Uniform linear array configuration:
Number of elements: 12
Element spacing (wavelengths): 0.75
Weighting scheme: hamming
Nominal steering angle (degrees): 15
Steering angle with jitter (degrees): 16.263
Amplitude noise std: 0.05
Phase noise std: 0.05

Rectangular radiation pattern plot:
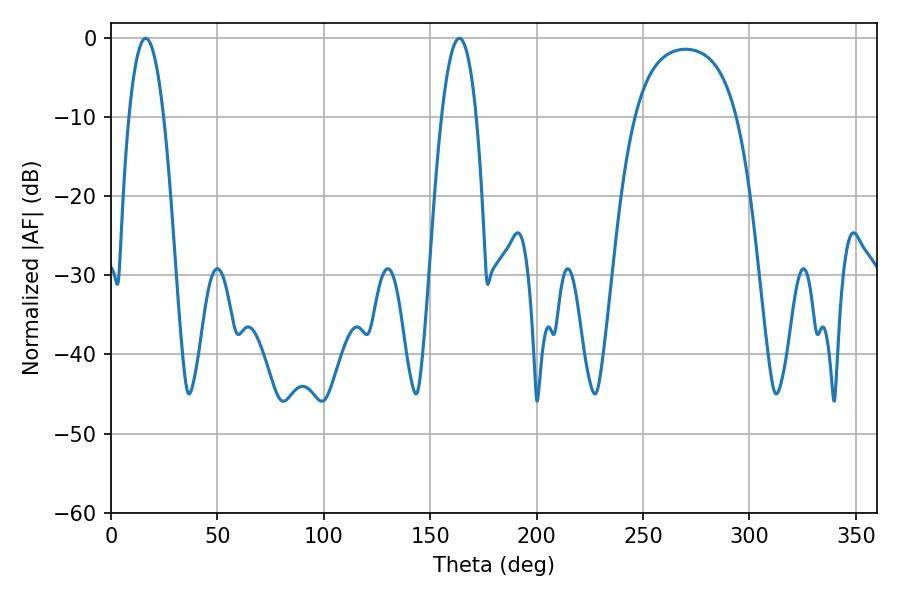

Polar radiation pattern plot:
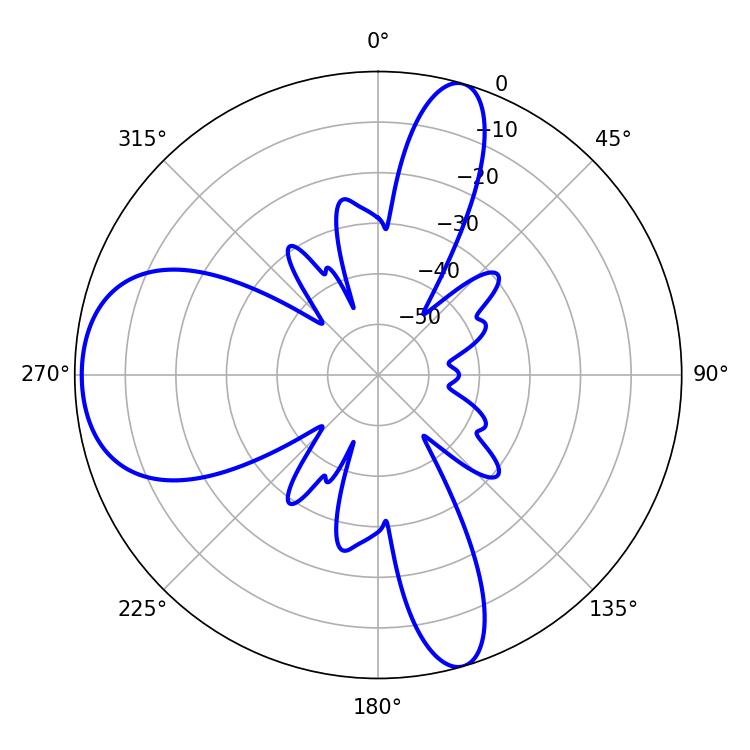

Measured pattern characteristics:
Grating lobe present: TRUE
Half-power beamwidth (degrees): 9
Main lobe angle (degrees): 16.38